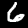
Digit: 6